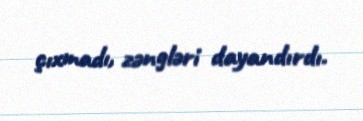
çıxmadı, zəngləri dayandırdı.